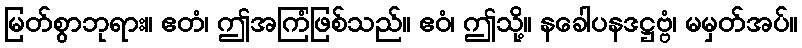
မြတ်စွာဘုရား။ ဧတံ၊ ဤအကြံဖြစ်သည်။ ဧဝံ၊ ဤသို့။ နခေါပနဒဋ္ဌဗ္ဗံ၊ မမှတ်အပ်။